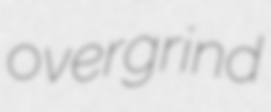
overgrind